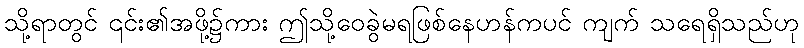
သို့ရာတွင် ၎င်း၏အဖို့၌ကား ဤသို့ဝေခွဲမရဖြစ်နေဟန်ကပင် ကျက် သရေရှိသည်ဟု